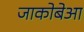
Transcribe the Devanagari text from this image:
जाकोबेआ